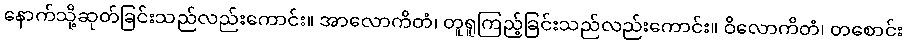
နောက်သို့ဆုတ်ခြင်းသည်လည်းကောင်း။ အာလောကိတံ၊ တူရူကြည့်ခြင်းသည်လည်းကောင်း။ ဝိလောကိတံ၊ တစောင်း